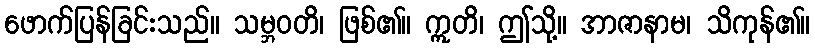
ဖောက်ပြန်ခြင်းသည်။ သမ္ဘဝတိ၊ ဖြစ်၏။ ဣတိ၊ ဤသို့။ အာဇာနာမ၊ သိကုန်၏။